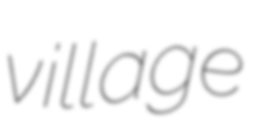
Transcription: village